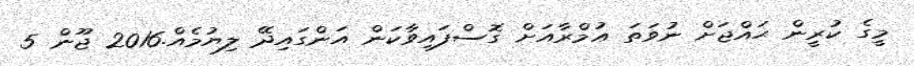
މީގެ ކުރީން ޙައްޖަށް ނުވަތަ ޢުމްރާއަށް ގޮސްފައިވާކަން އަންގައިދޭ ލިޔުމެއް.2016 ޖޫން 5